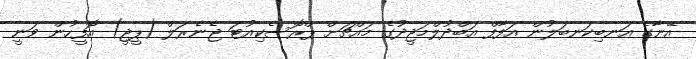
އޭނާގެ އަނބިކަނބަލުން އަފާފް އަބްދުލްމަޖީދުގެ މައްޗަށް ޕްރޮސެކިއުޓަ ޖެނެރަލް (ޕީޖީ) އޮފީހުން ވަނީ